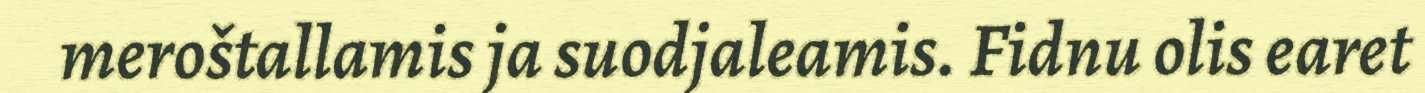
meroštallamis ja suodjaleamis. Fidnu olis earet